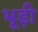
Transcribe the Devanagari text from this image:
भूड़ी